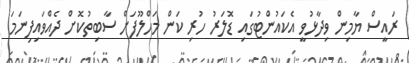
ރައީސް ޔާމިން ވިދާޅުވީ އެކައުންޓުގައި ޑޮލަރު ހުރި ކަން މަހްލޫފަށް ސާބިތުކޮށް ދެއްވައިފިނަމަ